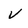
Character: v